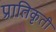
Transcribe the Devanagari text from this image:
प्रातिकृती